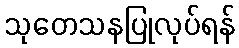
သုတေသနပြုလုပ်ရန်